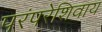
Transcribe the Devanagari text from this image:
परंपरेशिवाय